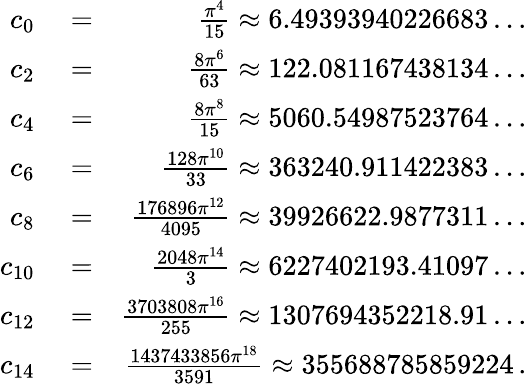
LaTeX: \begin{array}{rlr}{c_{0}}&{{}=}&{\frac{\pi^{4}}{15}\approx 6.49393940226683\ldots}\\ {c_{2}}&{{}=}&{\frac{8\pi^{6}}{63}\approx 122.081167438134\ldots}\\ {c_{4}}&{{}=}&{\frac{8\pi^{8}}{15}\approx 5060.54987523764\ldots}\\ {c_{6}}&{{}=}&{\frac{128\pi^{10}}{33}\approx 363240.911422383\ldots}\\ {c_{8}}&{{}=}&{\frac{176896\pi^{12}}{4095}\approx 39926622.9877311\ldots}\\ {c_{10}}&{{}=}&{\frac{2048\pi^{14}}{3}\approx 6227402193.41097\ldots}\\ {c_{12}}&{{}=}&{\frac{3703808\pi^{16}}{255}\approx 1307694352218.91\ldots}\\ {c_{14}}&{{}=}&{\frac{1437433856\pi^{18}}{3591}\approx 355688785859224\, .}\end{array}